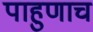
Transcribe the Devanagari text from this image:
पाहुणाच